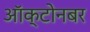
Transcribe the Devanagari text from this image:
ऑक्टोनबर